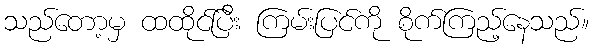
သည်တော့မှ ထထိုင်ပြီး ကြမ်းပြင်ကို စိုက်ကြည့်နေသည်။